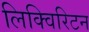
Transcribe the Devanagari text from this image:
लिक्विरिटन